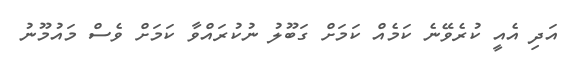
އަދި އެއީ ކުރެވޭނެ ކަމެއް ކަމަށް ގަބޫލު ނުކުރައްވާ ކަމަށް ވެސް މައުމޫނު